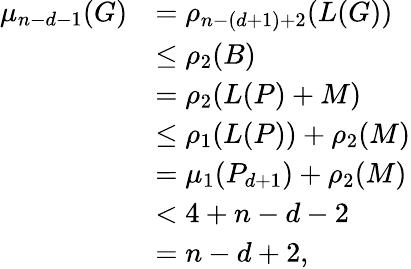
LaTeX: \begin{array}{rl}{\mu_{n-d-1}(G)}&{=\rho_{n-(d+1)+2}(L(G))}\\ &{\le\rho_{2}(B)}\\ &{=\rho_{2}(L(P)+M)}\\ &{\le\rho_{1}(L(P))+\rho_{2}(M)}\\ &{=\mu_{1}(P_{d+1})+\rho_{2}(M)}\\ &{<4+n-d-2}\\ &{=n-d+2,}\end{array}